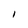
Character: 1